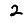
Digit: 2